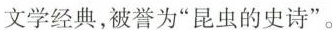
文学经典，被誉为”昆虫的史诗”。